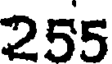
255